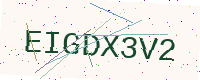
Text: EIGDX3V2